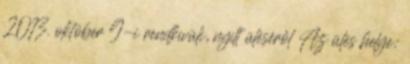
2013. október 9-i rendkívüli, nyílt üléséről Az ülés helye: